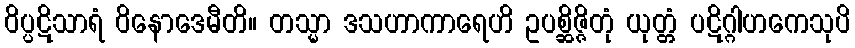
ဝိပ္ပဋိသာရံ ဝိနောဒေမီတိ။ တသ္မာ ဒသဟာကာရေဟိ ဥပစ္ဆိဇ္ဇိတုံ ယုတ္တံ ပဋိဂ္ဂါဟကေသုပိ